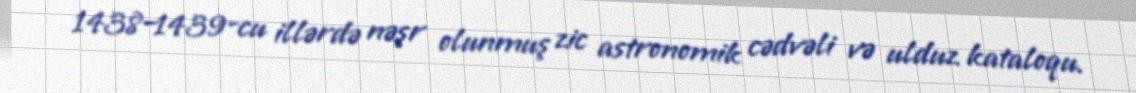
1438–1439-cu illərdə nəşr olunmuş zic astronomik cədvəli və ulduz kataloqu.